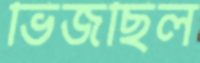
ভিজছিল